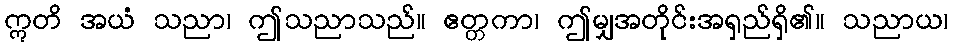
ဣတိ အယံ သညာ၊ ဤသညာသည်။ ဧတ္တကာ၊ ဤမျှအတိုင်းအရှည်ရှိ၏။ သညာယ၊